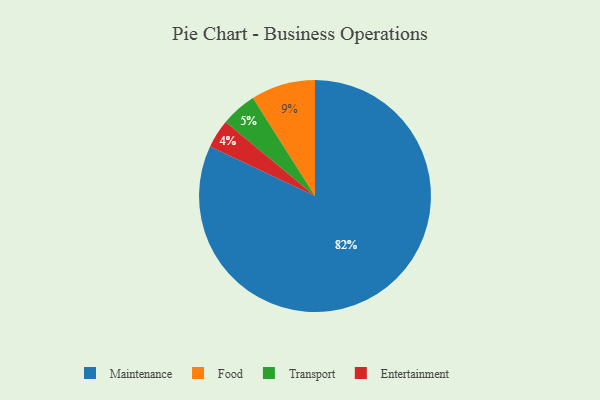
{"axis": {"x": "Category", "y": "Percentage"}, "legend": ["Entertainment", "Food", "Maintenance", "Transport"], "data": [{"x": "Maintenance", "y": 82, "type": "Maintenance"}, {"x": "Food", "y": 9, "type": "Food"}, {"x": "Entertainment", "y": 4, "type": "Entertainment"}, {"x": "Transport", "y": 5, "type": "Transport"}]}